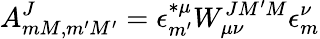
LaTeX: A_{mM,m^{\prime}M^{\prime}}^{J}=\epsilon_{m^{\prime}}^{\ast\mu}W_{\mu\nu}^{JM^{\prime}M}\epsilon_{m}^{\nu}